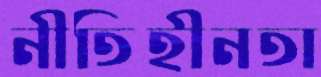
নীতিহীনতা